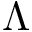
\Lambda